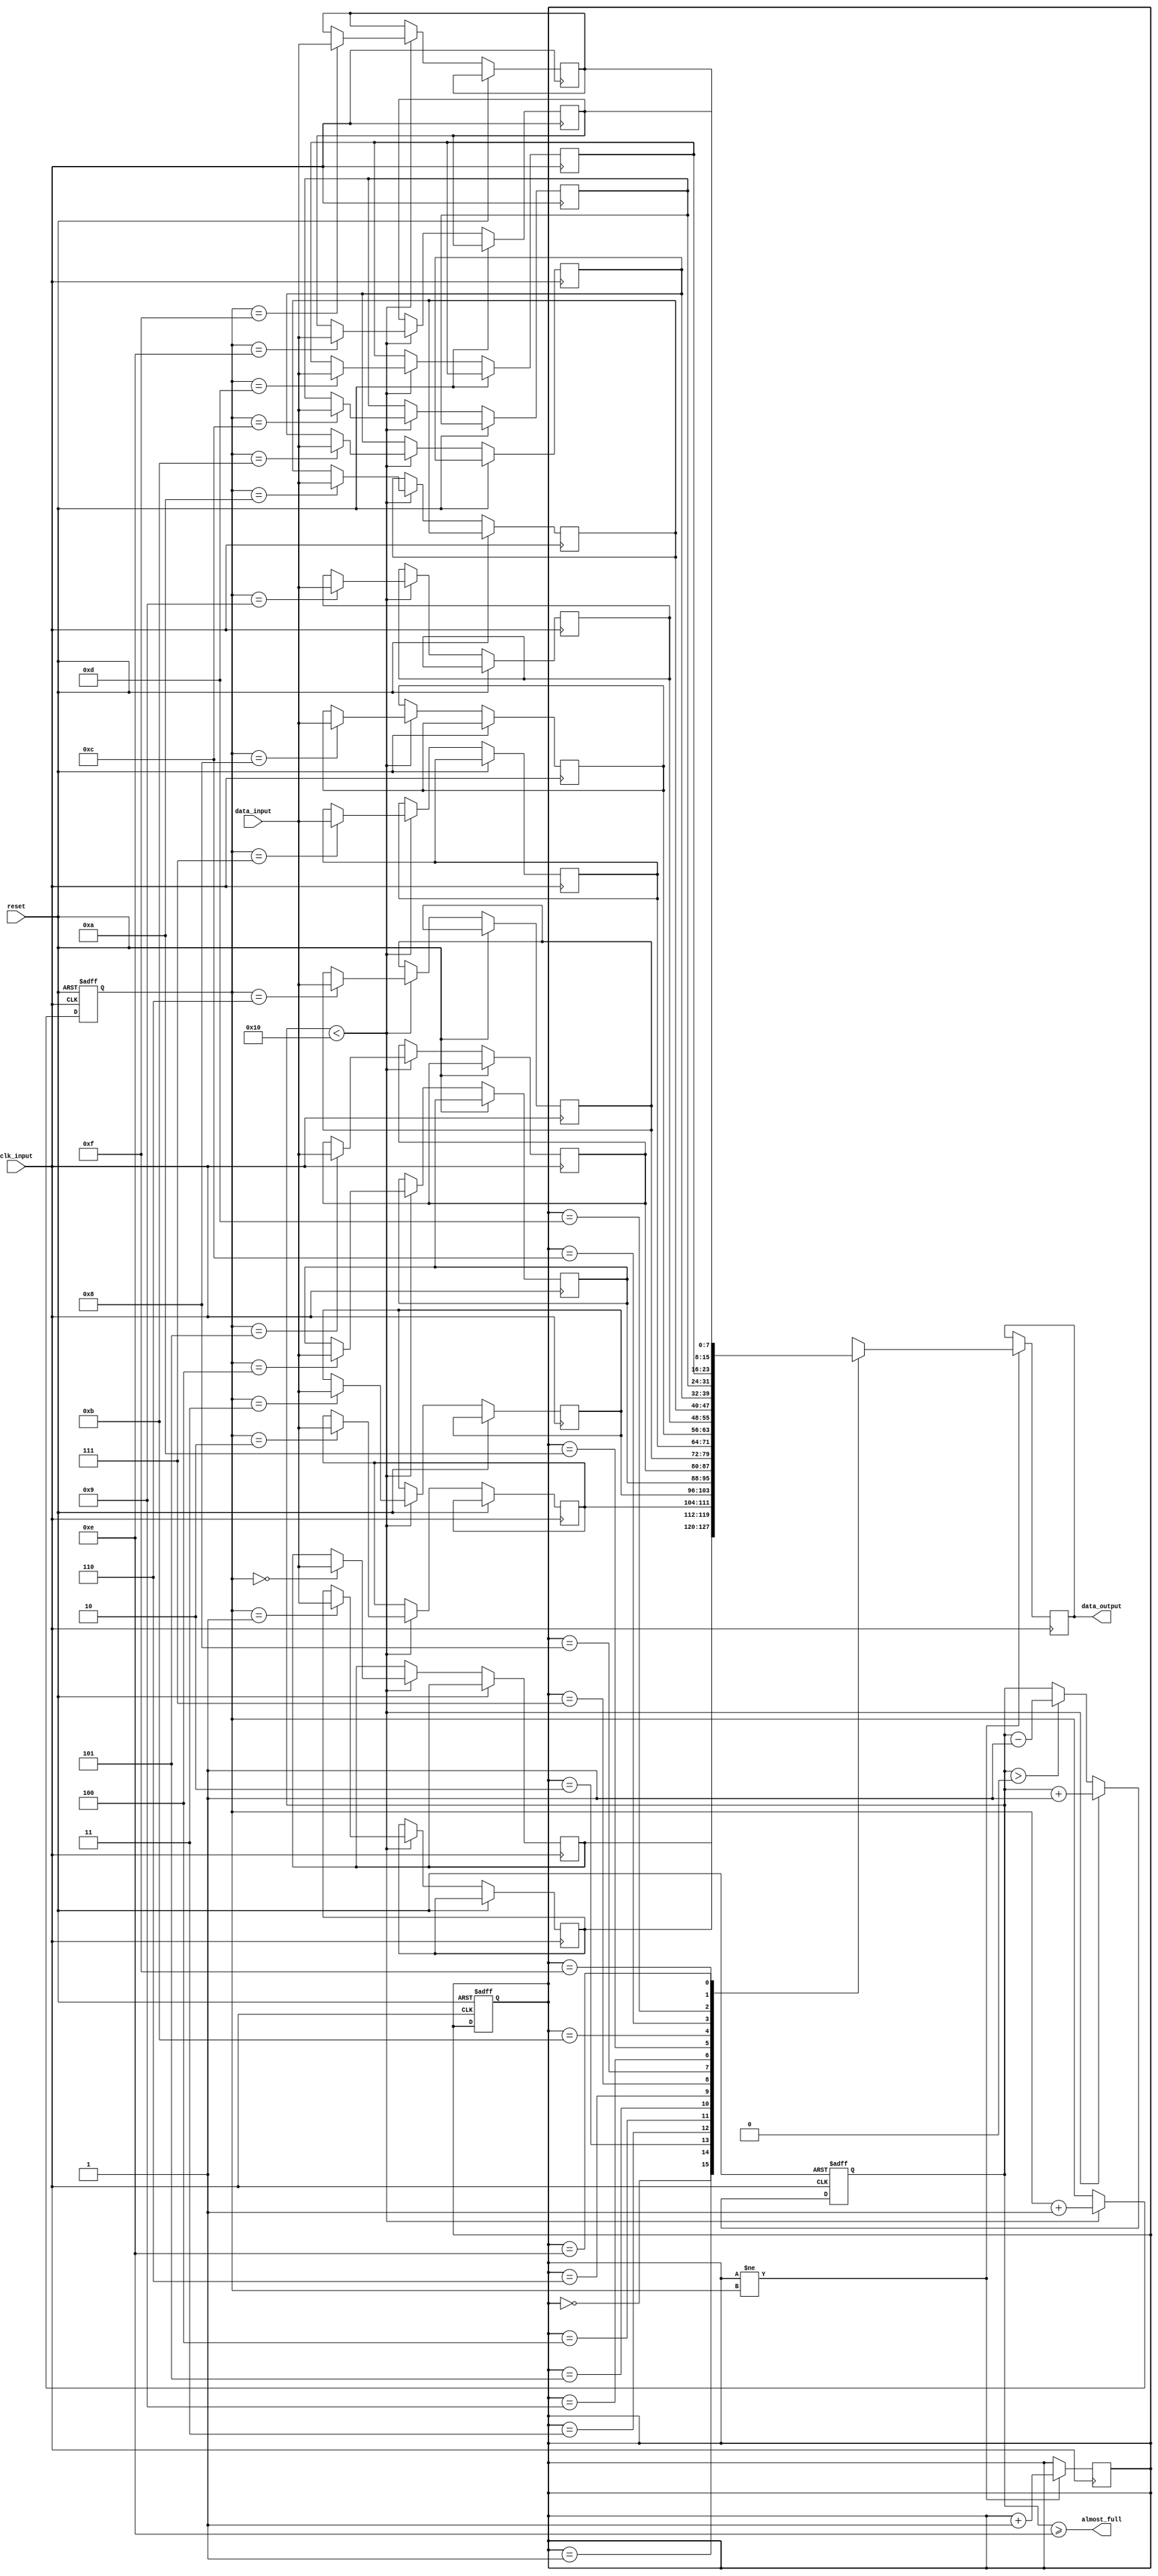
module FIFO_buffer (
    input wire clk_input,
    input wire reset,
    input wire [DATA_WIDTH-1:0] data_input,
    output reg [DATA_WIDTH-1:0] data_output,
    output wire almost_full
);

parameter DATA_WIDTH = 8;
parameter FIFO_DEPTH = 16;
parameter THRESHOLD = FIFO_DEPTH - 2;

reg [DATA_WIDTH-1:0] fifo_buffer [0:FIFO_DEPTH-1];
reg [3:0] write_ptr;
reg [3:0] read_ptr;
reg [3:0] fullness_count;

assign almost_full = (fullness_count >= THRESHOLD);

always @(posedge clk_input or posedge reset) begin
    if (reset) begin
        write_ptr <= 4'd0;
        read_ptr <= 4'd0;
        fullness_count <= 4'd0;
    end else begin
        if (fullness_count > 0) begin
            fullness_count <= fullness_count - 1;
        end
        if (fullness_count < FIFO_DEPTH) begin
            fifo_buffer[write_ptr] <= data_input;
            write_ptr <= write_ptr + 1;
            fullness_count <= fullness_count + 1;
        end
    end
end

always @(posedge clk_input) begin
    if (read_ptr != write_ptr) begin
        data_output <= fifo_buffer[read_ptr];
        read_ptr <= read_ptr + 1;
    end
end

endmodule